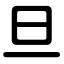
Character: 旦